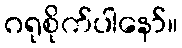
ဂရုစိုက်ပါနော်။